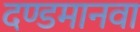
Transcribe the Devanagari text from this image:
दण्डमानवा